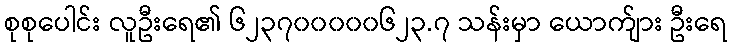
စုစုပေါင်း လူဦးရေ၏ ၆၂၃၇၀၀၀၀၀၆၂၃.၇ သန်းမှာ ယောက်ျား ဦးရေ